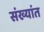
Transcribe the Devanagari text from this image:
संख्यांत